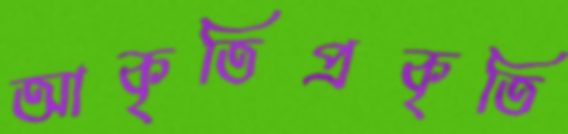
আকৃতিপ্রকৃতি